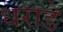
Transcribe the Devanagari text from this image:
धराडे